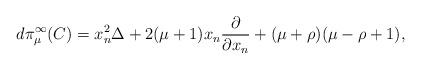
LaTeX: \begin{align*} d\pi_\mu^\infty(C) = x_n^2\Delta+2(\mu+1)x_n\frac{\partial}{\partial x_n}+(\mu+\rho)(\mu-\rho+1),\end{align*}